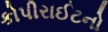
કોપીરાઈટનો